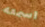
اسمعه